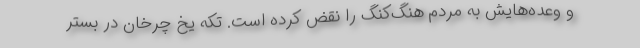
و وعده‌هایش به مردم هنگ‌کنگ را نقض کرده است. تکه یخ چرخان در بستر